Report of the Municipal Commissioner on the plague in Bombay for the year ending 31st May... - Volume 3
Disease focus: Plague
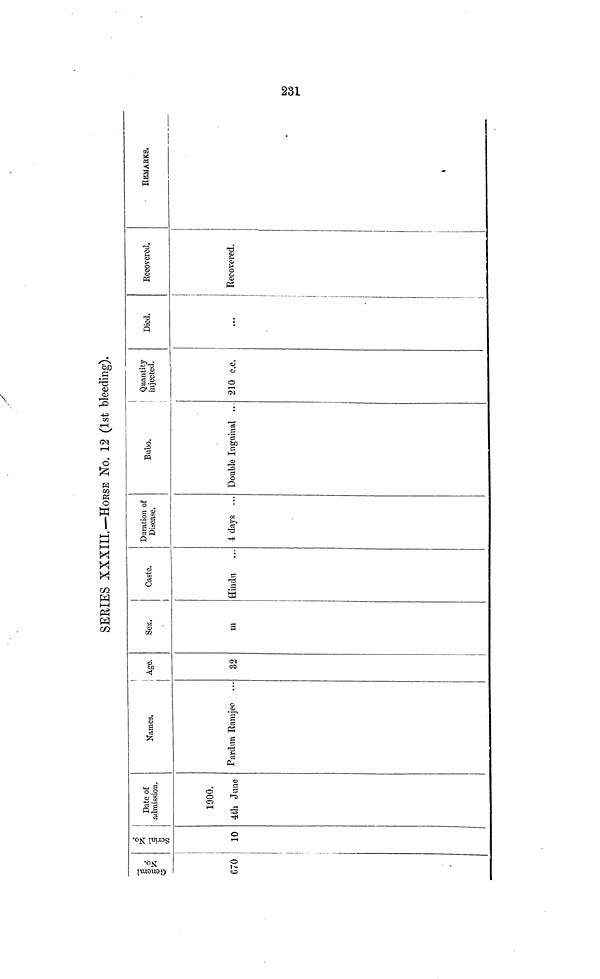
SERIES XXXIII.—HORSE No. 12 (1st bleeding).
General
No.
670
Serial No.
10
Date of
admission.
1900.
4th June
Names.
Pardun Ramjee
Age.
32
Sex.
m
Caste.
Hindu
Duration of
Disease.
4 days
...
Bubo.
Double Inguinal ...
Quantity
injected.
210 c.c.
Died.
Recovered,
Recovered.
REMARKS.
231